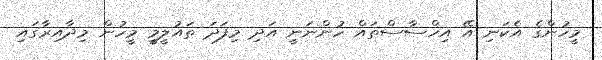
މީހުންގެ އެކަނި އޭ އިހްސާސްތައް ހުންނަނީ އަދި މިފަދަ ތައުލީމީ މީހުން މިދާއިރާގައި